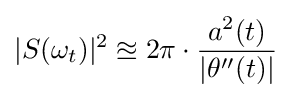
|S(\omega _{t})|^{2}\approxeq 2\pi \cdot {\frac {a^{2}(t)}{|\theta ''(t)|}}